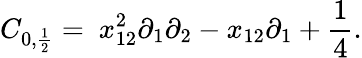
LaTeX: C_{0,\frac{1}{2}}=\ x_{12}^{2}\partial_{1}\partial_{2}-x_{12}\partial_{1}+\frac{1}{4}.